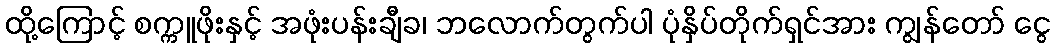
ထို့ကြောင့် စက္ကူဖိုးနှင့် အဖုံးပန်းချီခ၊ ဘလောက်တွက်ပါ ပုံနှိပ်တိုက်ရှင်အား ကျွန်တော် ငွေ